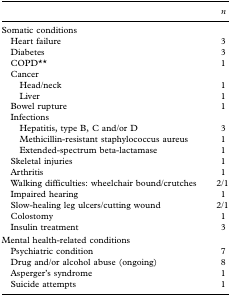
|  | n |
 | --- | --- |
 | Somatic conditions |  |
 | Heart failure | 3 |
 | Diabetes | 3 |
 | COPD** | 1 |
 | Cancer |  |
 | Head/neck | 1 |
 | Liver | 1 |
 | Bowel rupture | 1 |
 | Infections |  |
 | Hepatitis, type B, C and/or D | 3 |
 | Methicillin-resistant staphylococcus aureus | 1 |
 | Extended-spectrum beta-lactamase | 1 |
 | Skeletal injuries | 1 |
 | Arthritis | 1 |
 | Walking difficulties: wheelchair bound/crutches | 2/1 |
 | Impaired hearing | 1 |
 | Slow-healing leg ulcers/cutting wound | 2/1 |
 | Colostomy | 1 |
 | Insulin treatment | 3 |
 | Mental health-related conditions |  |
 | Psychiatric condition | 7 |
 | Drug and/or alcohol abuse (ongoing) | 8 |
 | Asperger's syndrome | 1 |
 | Suicide attempts | 1 |